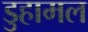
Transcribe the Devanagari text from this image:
डुहामल